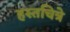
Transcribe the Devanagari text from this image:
हस्तचित्रे